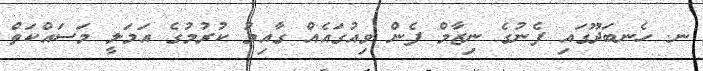
ނ. ހެނބަދޫގައި ފެނުގެ ނިޒާމް ފެން ވިއުގައެއް ގާއިމު ކުރުމުގެ އަމަލީ މަސައްކަތް